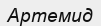
Артемид